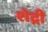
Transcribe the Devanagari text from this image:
शेद्री